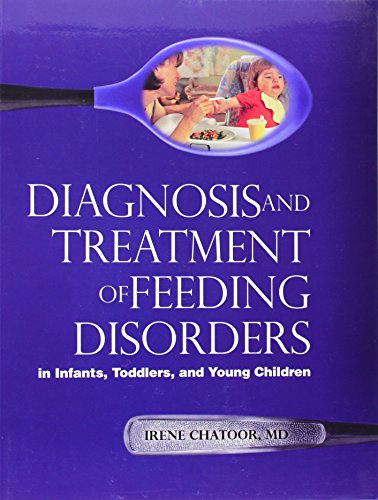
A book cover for Diagnosis and Treatment of Feeding Disorders in Infants, Toddlers, and Young Children; Irene Chatoor; Self-Help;